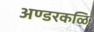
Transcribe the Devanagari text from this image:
अण्डरकळि